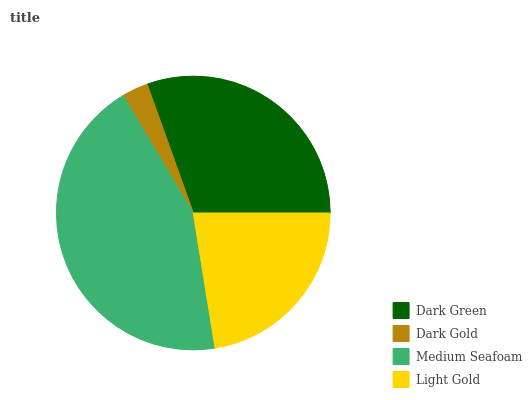
| Dark Green | Dark Gold | Medium Seafoam | Light Gold |
 | --- | --- | --- | --- |
 | 30.4% | 3.11% | 44% | 22.5% |